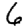
Digit: 6